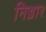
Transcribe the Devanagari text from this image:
निज्जार